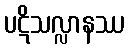
ပဋိသလ္လာနဿ